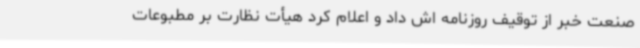
صنعت خبر از توقیف روزنامه اش داد و اعلام کرد هیأت نظارت بر مطبوعات